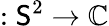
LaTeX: :\mathsf{S}^{2}\to\mathbb{{C}}